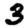
Digit: 3